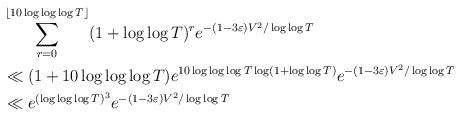
LaTeX: \begin{align*} & \sum_{r = 0}^{\lfloor 10 \log \log \log T \rfloor} ( 1 + \log \log T)^{r} e^{-(1-3 \varepsilon) V^2/ \log \log T} \\ & \ll (1 + 10 \log \log \log T) e^{ 10 \log \log \log T \log ( 1+ \log \log T)} e^{-(1-3 \varepsilon) V^2/ \log \log T}\\ & \ll e^{(\log \log \log T)^3} e^{- (1- 3 \varepsilon) V^2/ \log \log T}\end{align*}